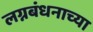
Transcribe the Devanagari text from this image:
लग्नबंधनाच्या